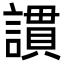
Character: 謴